Indian journal of veterinary science and animal husbandry - Volume 1,
Year: 1931
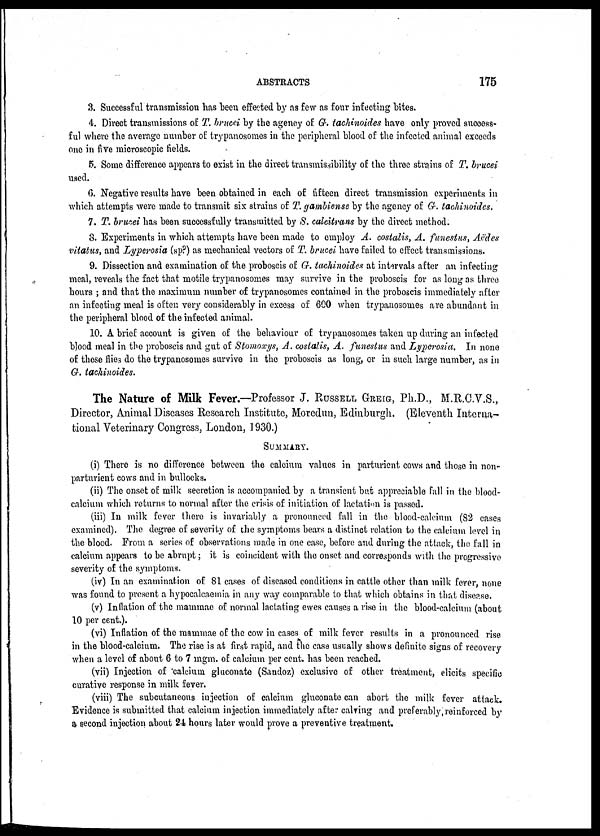
ABSTRACTS
175
3. Successful transmission has been effected by as few as four infecting bites.
4. Direct transmissions of T. brucei by the agency of G. tachinoides have only proved success-
ful where the average number of trypanosomes in the peripheral blood of the infected animal exceeds
one in five microscopic fields.
5. Some difference appears to exist in the direct transmissibility of the three strains of T. brucei
used.
6. Negative results have been obtained in each of fifteen direct transmission experiments in
which attempts were made to transmit six strains of T. gambiense by the agency of G. tachinoides.
7. T. brucei has been successfully transmitted by S. calcitrans by the direct method.
8. Experiments in which attempts have been made to employ A. costalis, A. funestus, Aëdes
vitatus, and Lyperosia (sp?) as mechanical vectors of T. brucei have failed to effect transmissions.
9. Dissection and examination of the proboscis of G. tachinoides at intervals after an infecting
meal, reveals the fact that motile trypanosomes may survive in the proboscis for as long as three
hours ; and that the maximum number of trypanosomes contained in the proboscis immediately after
an infecting meal is often very considerably in excess of 600 when trypanosomes are abundant in
the peripheral blood of the infected animal.
10. A brief account is given of the behaviour of trypanosomes taken up during an infected
blood meal in the proboscis and gut of Stomoxys, A. costalis, A. funestus and Lyperosia. In none
of these flies do the trypanosomes survive in the proboscis as long, or in such large number, as in
G. tachinoides.
The Nature of Milk Fever.—Professor J. RUSSELL GREIG, Ph.D., M.R.C.V.S.,
Director, Animal Diseases Research Institute, Moredun, Edinburgh. (Eleventh Interna-
tional Veterinary Congress, London, 1930.)
SUMMARY.
(i) There is no difference between the calcium values in parturient cows and those in non-
parturient cows and in bullocks.
(ii) The onset of milk secretion is accompanied by a transient but appreciable fall in the blood-
calcium which returns to normal after the crisis of initiation of lactation is passed.
(iii) In milk fever there is invariably a pronounced fall in the blood-calcium (82 cases
examined). The degree of severity of the symptoms bears a distinct relation to the calcium level in
the blood. From a series of observations made in one case, before and during the attack, the fall in
calcium appears to be abrupt; it is coincident with the onset and corresponds with the progressive
severity of the symptoms.
(iv) In an examination of 81 cases of diseased conditions in cattle other than milk fever, none
was found to present a hypocalcaemia in any way comparable to that which obtains in that disease.
(v) Inflation of the mammae of normal lactating ewes causes a rise in the blood-calcium (about
10 per cent.).
(vi) Inflation of the mammae of the cow in cases of milk fever results in a pronounced rise
in the blood-calcium. The rise is at first rapid, and the case usually shows definite signs of recovery
when a level of about 6 to 7 mgm. of calcium per cent. has been reached.
(vii) Injection of calcium gluconate (Sandoz) exclusive of other treatment, elicits specific
curative response in milk fever.
(viii) The subcutaneous injection of calcium gluconate can abort the milk fever attack.
Evidence is submitted that calcium injection immediately after calving and preferably reinforced by
a second injection about 24 hours later would prove a preventive treatment.